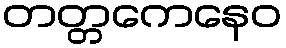
တတ္တကေနေဝ